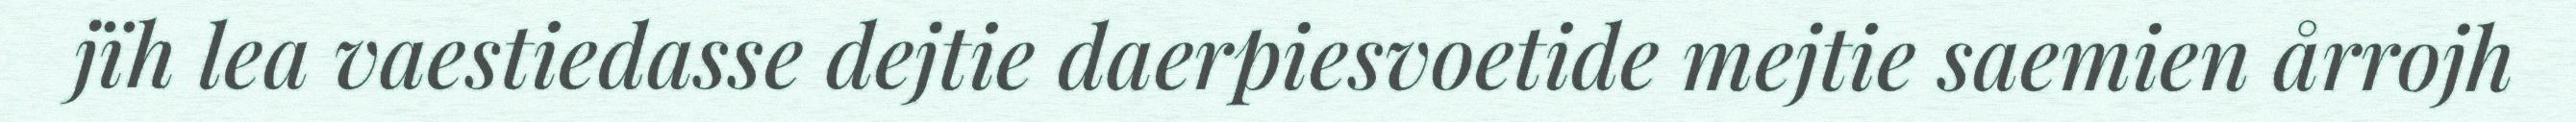
jïh lea vaestiedasse dejtie daerpiesvoetide mejtie saemien årrojh